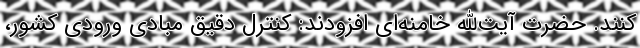
کنند. حضرت آیت‌الله خامنه‌ای افزودند: کنترل دقیق مبادی ورودی کشور،